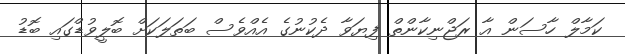
ކަމާލް ހާސަން އާ ރަޖްނިކާންތް ފިޔަވާ ދެކުނުގެ އެއްވެސް ބަތަލަކަށް ބޮލީވުޑްގައި ބޮޑު